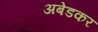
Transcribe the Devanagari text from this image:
अबेडकर